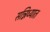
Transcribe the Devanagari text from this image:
सन्निध्यात